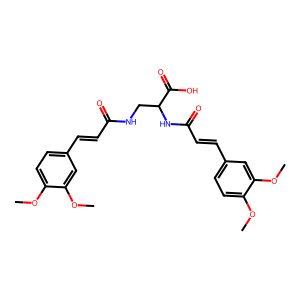
SMILES: COc1ccc(C=CC(=O)NCC(NC(=O)C=Cc2ccc(OC)c(OC)c2)C(=O)O)cc1OC
Inhibits HIV replication: No